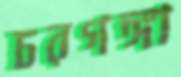
চরগঙ্গা